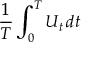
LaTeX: { \frac { 1 } { T } } \int _ { 0 } ^ { T } U _ { t } \, d t